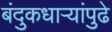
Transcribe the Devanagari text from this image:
बंदुकधार्‍यांपुढे